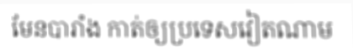
មែនបារាំង កាត់ឲ្យប្រទេសវៀតណាម